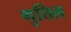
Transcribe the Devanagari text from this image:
गुत्तिल